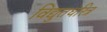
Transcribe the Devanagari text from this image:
विद्युतधरित्र